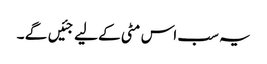
یہ سب اس مٹی کے لیے جئیں گے ۔